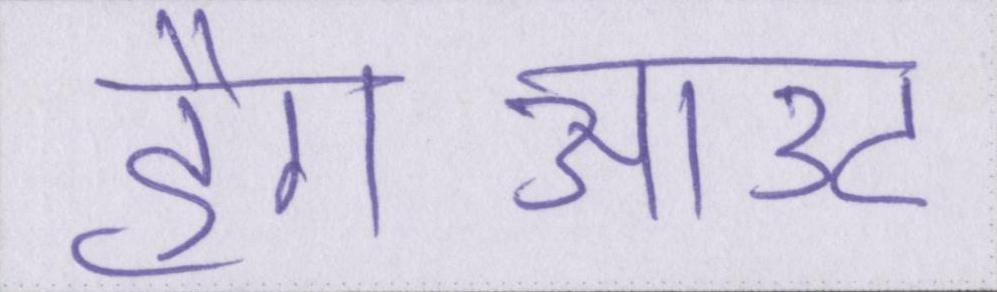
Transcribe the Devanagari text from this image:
हैंगआउट